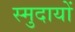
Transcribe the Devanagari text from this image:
स्मुदायों